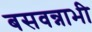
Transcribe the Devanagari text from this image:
बसवन्नाभी